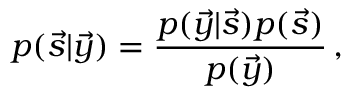
p ( \vec { s } \vert \vec { y } ) = \frac { p ( \vec { y } \vert \vec { s } ) p ( \vec { s } ) } { p ( \vec { y } ) } \, ,